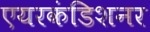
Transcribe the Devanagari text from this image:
एयरकंडिशनर